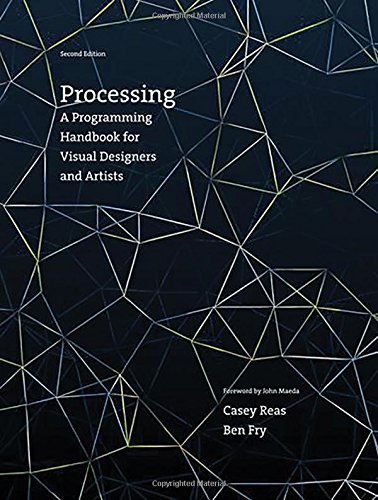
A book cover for Processing: A Programming Handbook for Visual Designers and Artists; Casey Reas; Arts & Photography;